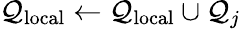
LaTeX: \mathcal{Q}_{\mathrm{local}}\leftarrow\mathcal{Q}_{\mathrm{local}}\cup\mathcal{Q}_{j}